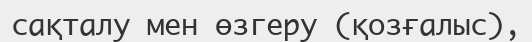
сақталу мен өзгеру (қозғалыс),